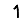
Digit: 1